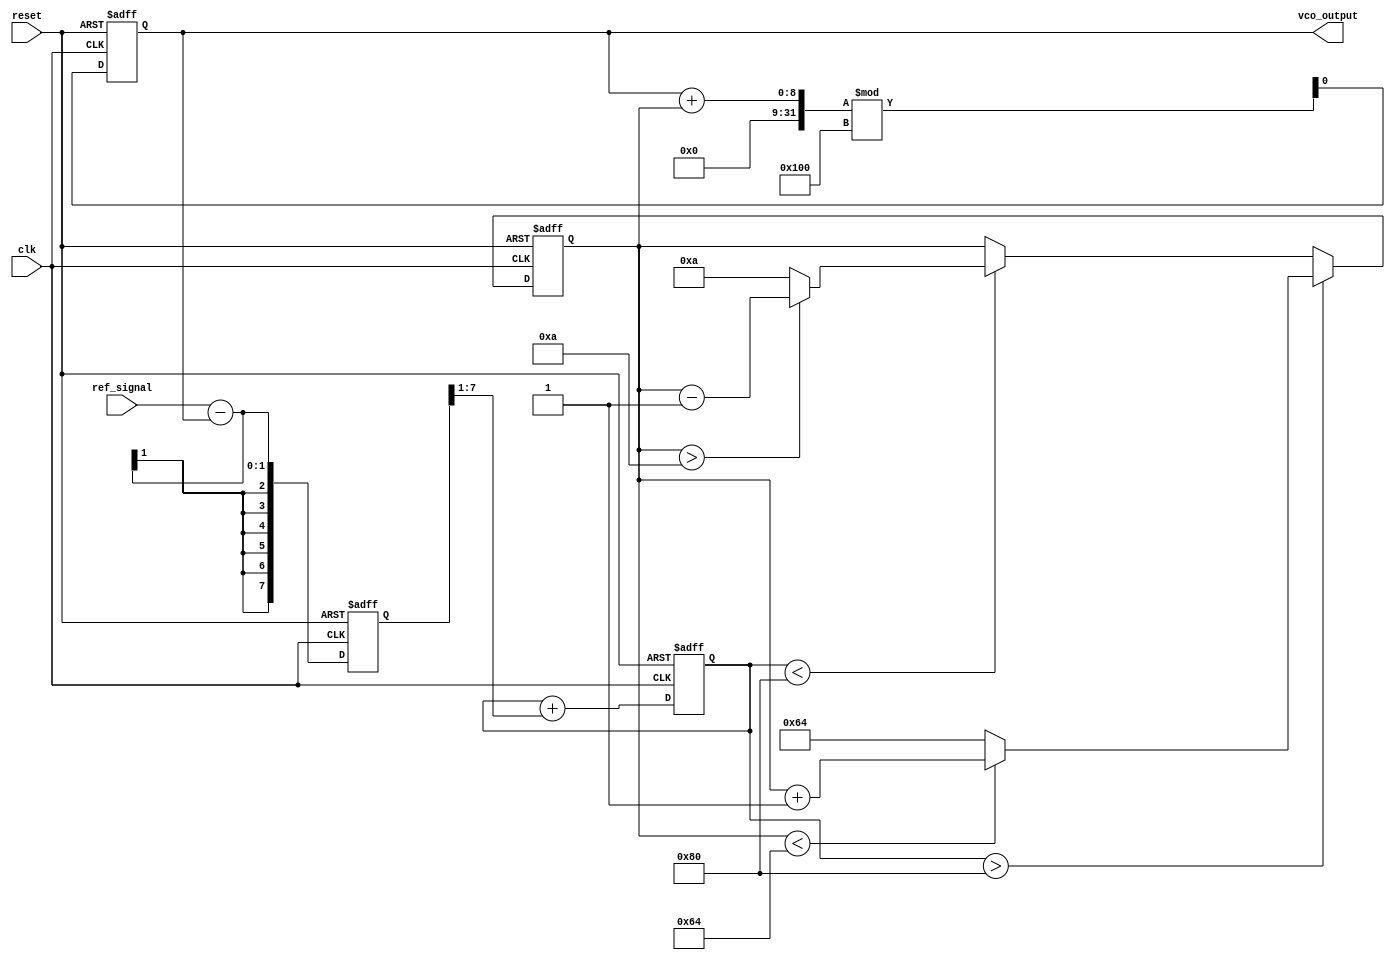
module MemoryBlocksAnalogPLL (
    input wire clk,               // System clock
    input wire reset,             // Reset signal
    input wire ref_signal,        // Reference input signal
    output reg vco_output         // VCO output signal
);

// Parameters for the PLL
parameter MEMORY_DEPTH = 8;     // Depth of the memory block for phase information
parameter VCO_MAX_FREQ = 100;   // Max frequency of VCO
parameter VCO_MIN_FREQ = 10;    // Min frequency of VCO

// Internal signals
reg [MEMORY_DEPTH-1:0] phase_memory; // Memory block for storing phase information
reg [7:0] error_signal;               // Error signal from the phase detector
reg [7:0] control_voltage;             // Control voltage to the VCO
reg [7:0] vco_freq;                   // Current frequency of the VCO

// Phase Detector (PD)
always @(posedge clk or posedge reset) begin
    if (reset) begin
        error_signal <= 0;
    end else begin
        // Simple phase detection logic (this is a placeholder)
        // Here we assume ref_signal is a single bit
        error_signal <= ref_signal - vco_output[0]; // Example phase comparison
    end
end

// Loop Filter
always @(posedge clk or posedge reset) begin
    if (reset) begin
        control_voltage <= 0;
    end else begin
        // Simple first-order loop filter (this is a placeholder)
        control_voltage <= control_voltage + (error_signal >> 1); // Example filtering
    end
end

// Voltage-Controlled Oscillator (VCO)
always @(posedge clk or posedge reset) begin
    if (reset) begin
        vco_freq <= VCO_MIN_FREQ;
        vco_output <= 0;
    end else begin
        // Adjust VCO frequency based on control voltage
        if (control_voltage > 128) begin
            vco_freq <= (vco_freq < VCO_MAX_FREQ) ? vco_freq + 1 : VCO_MAX_FREQ;
        end else if (control_voltage < 128) begin
            vco_freq <= (vco_freq > VCO_MIN_FREQ) ? vco_freq - 1 : VCO_MIN_FREQ;
        end
        
        // Generate VCO output signal (simplified)
        vco_output <= (vco_output + vco_freq) % 256; // Example output generation
    end
end

// Memory Block for Phase Information
always @(posedge clk or posedge reset) begin
    if (reset) begin
        phase_memory <= 0;
    end else begin
        // Store the phase information (for demonstration, just shift)
        phase_memory <= {phase_memory[MEMORY_DEPTH-2:0], error_signal[0]};
    end
end

endmodule